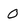
Character: O